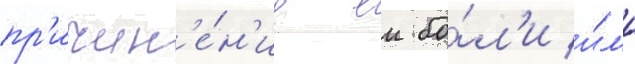
пр'ичин'е́н'ие еи бо́л'и и́л'и